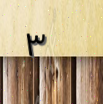
٣